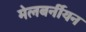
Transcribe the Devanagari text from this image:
मेलबर्नीयन